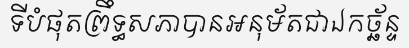
ទីបំផុតព្រឹទ្ធសភាបានអនុម័តជាឯកច្ឆ័ន្ទ